Vaccination report Assam 1874-1896 - 1874-1896
Year: 1874
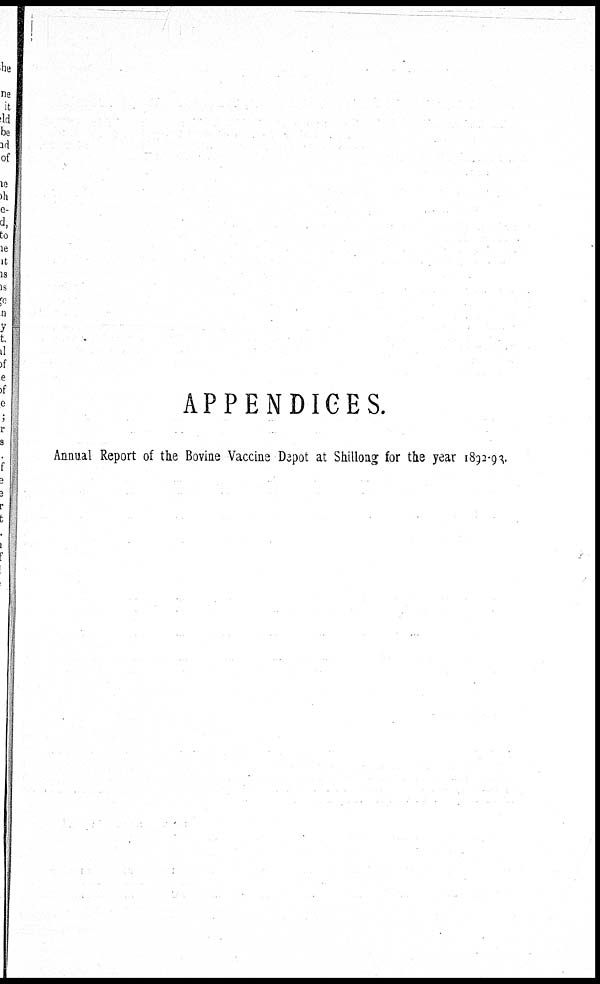
APPENDICES.
Annual Report of the Bovine Vaccine Depot at Shillong for the year 1892-93.